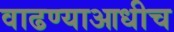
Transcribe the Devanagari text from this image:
वाढण्याआधीच